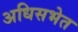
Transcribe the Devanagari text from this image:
अधिसभेत